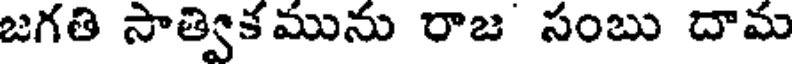
జగతి సాత్వికమును రాజ సంబు దామ